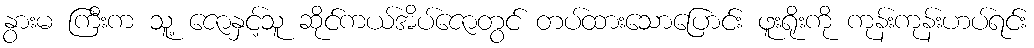
နွားမ ကြီးက သူ့ ဇောနှင့်သူ ဆိုင်ကယ်အိပ်ဇောတွင် တပ်ထားသောပြောင်း ဖူးရိုးကို ကုန်းကုန်းဟပ်ရင်း